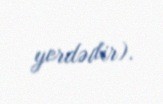
yerdədir).